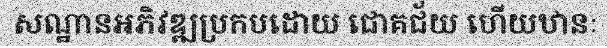
សណ្ឋានអភិវឌ្ឍប្រកបដោយ ជោគជ័យ ហើយឋានៈ